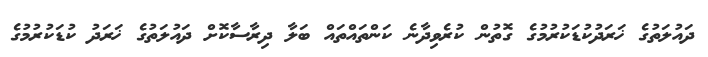
ދައުލަތުގެ ޚަރަދުކުޑަކުރުމުގެ ގޮތުން ކުރެވިދާނެ ކަންތައްތައް ބަލާ ދިރާސާކޮށް ދައުލަތުގެ ޚަރަދު ކުޑަކުރުމުގެ